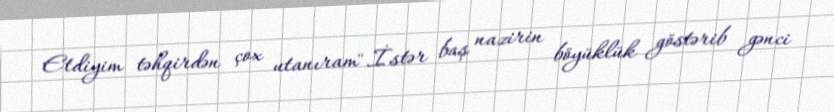
Etdiyim təhqirdən çox utanıram".İstər baş nazirin böyüklük göstərib gənci